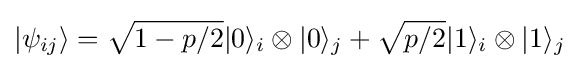
|\psi _{ij}\rangle ={\sqrt {1-p/2}}|0\rangle _{i}\otimes |0\rangle _{j}+{\sqrt {p/2}}|1\rangle _{i}\otimes |1\rangle _{j}